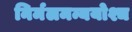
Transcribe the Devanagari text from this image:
निर्मलमन्ययोश्च